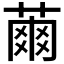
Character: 𦹚